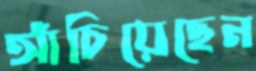
আঁচিয়েছেন